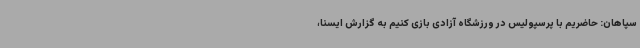
سپاهان: حاضریم با پرسپولیس در ورزشگاه آزادی بازی کنیم به گزارش ایسنا،